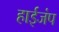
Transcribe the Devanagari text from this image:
हाईजंप